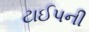
ટાઈપની